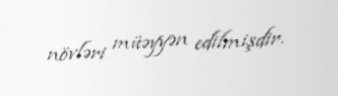
növləri müəyyən edilmişdir.